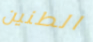
الطنين